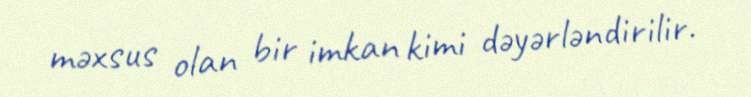
məxsus olan bir imkan kimi dəyərləndirilir.